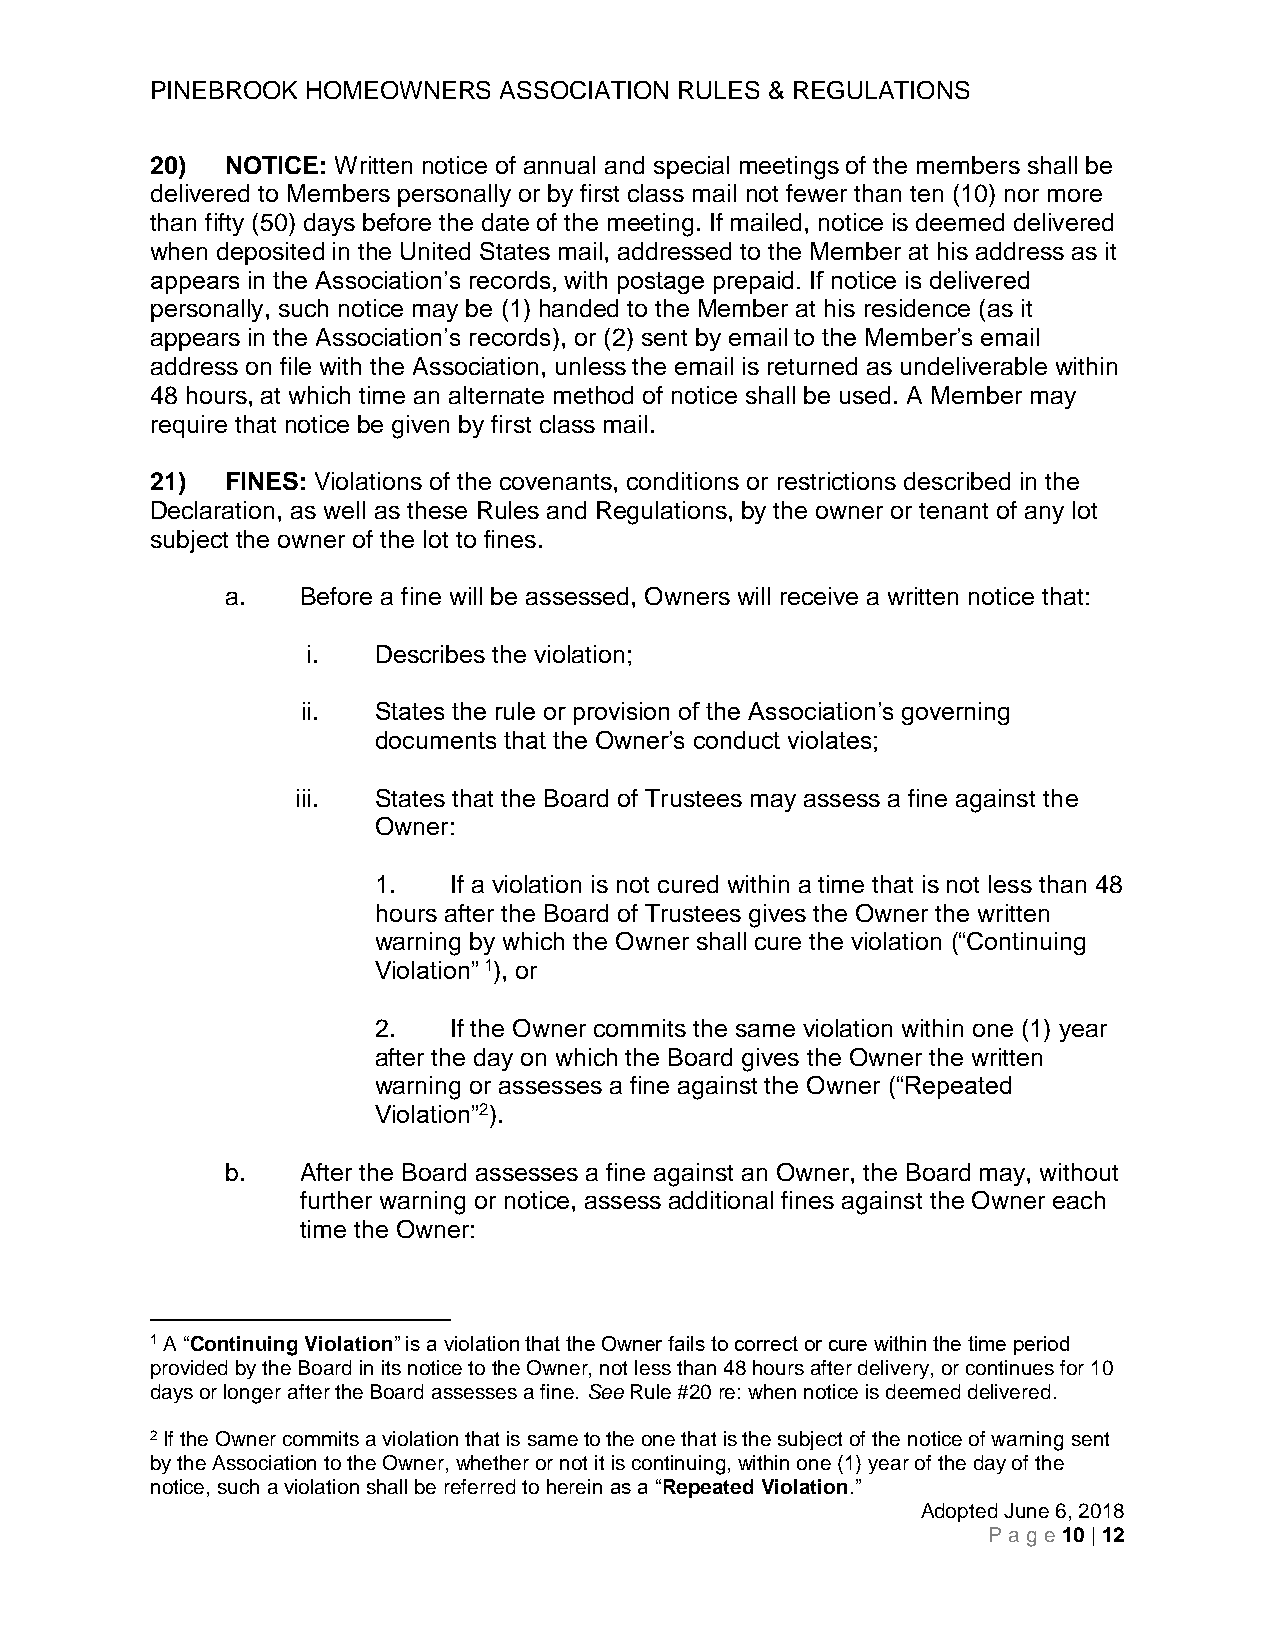
PINEBROOK HOMEOWNERS   ASSOCIATION RULES & REGULATIONS
 20)  NOTICE: Written notice of annual and special meetings of the members shall be
 delivered to Members personally or by first class mail not fewer than ten (10) nor more
 than fifty (50) days before the date of the meeting. If mailed, notice is deemed delivered
 when deposited in the United States mail, addressed to the Member at his address as it
 appears in the Association’s records, with postage prepaid. If notice is delivered
 personally, such notice may be (1) handed to the Member at his residence (as it
 appears in the Association’s records), or (2) sent by email to the Member’s email
 address on file with the Association, unless the email is returned as undeliverable within
 48 hours, at which time an alternate method of notice shall be used. A Member may
 require that notice be given by first class mail.
 21)  FINES: Violations of the covenants, conditions or restrictions described in the
 Declaration, as well as these Rules and Regulations, by the owner or tenant of any lot
 subject the owner of the lot to fines.
 a.   Before a fine will be assessed, Owners will receive a written notice that:
 i.   Describes the violation;
 ii.  States the rule or provision of the Association’s governing
 documents that the Owner’s conduct violates;
 iii. States that the Board of Trustees may assess a fine against the
 Owner:
 1.   If a violation is not cured within a time that is not less than 48
 hours after the Board of Trustees gives the Owner the written
 warning by which the Owner shall cure the violation (“Continuing
 Violation” 1), or
 2.   If the Owner commits the same violation within one (1) year
 after the day on which the Board gives the Owner the written
 warning or assesses a fine against the Owner (“Repeated
 Violation”2).
 b.   After the Board assesses a fine against an Owner, the Board may, without
 further warning or notice, assess additional fines against the Owner each
 time the Owner:
 1 A “Continuing Violation” is a violation that the Owner fails to correct or cure within the time period
 provided by the Board in its notice to the Owner, not less than 48 hours after delivery, or continues for 10
 days or longer after the Board assesses a fine. See Rule #20 re: when notice is deemed delivered.
 2 If the Owner commits a violation that is same to the one that is the subject of the notice of warning sent
 by the Association to the Owner, whether or not it is continuing, within one (1) year of the day of the
 notice, such a violation shall be referred to herein as a “Repeated Violation.”
 Adopted June 6, 2018
 Pag e 10 | 12